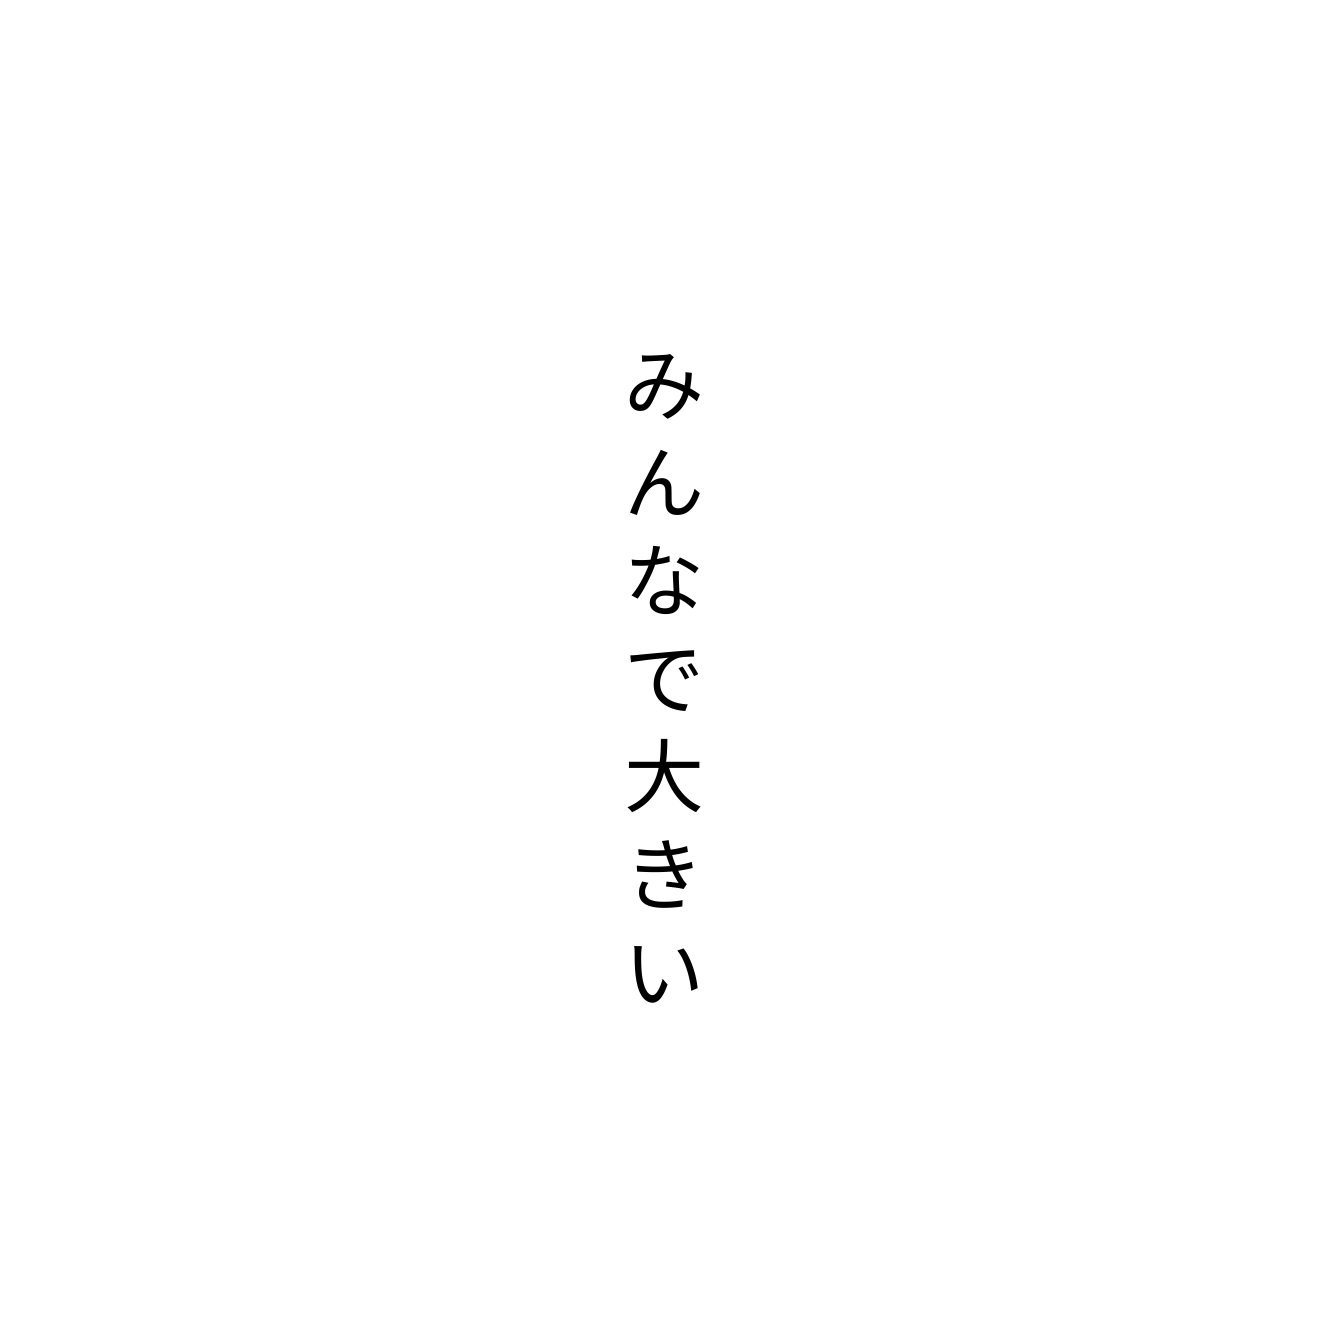
みんなで大きい